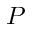
P